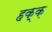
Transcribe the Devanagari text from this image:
हक्क़